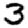
Digit: 3